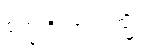
စက္ခုဝိညာဏသ္မိံ